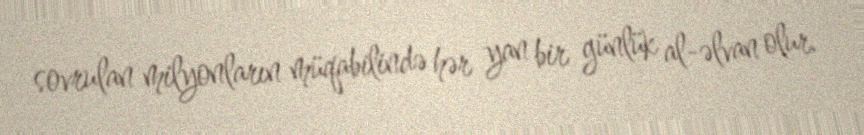
sovrulan milyonların müqabilində hər yan bir günlük al-əlvan olur.